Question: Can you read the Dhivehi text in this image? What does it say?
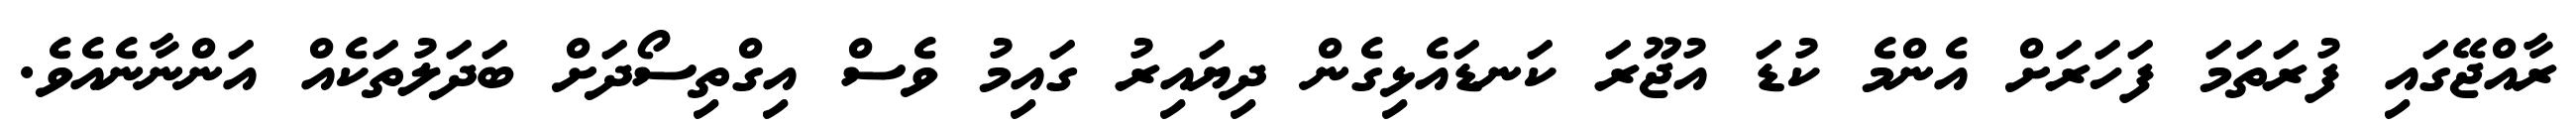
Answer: ރާއްޖޭގައި ފުރަތަމަ ފަހަރަށް އެންމެ ކުޑަ އުޖޫރަ ކަނޑައެޅިގެން ދިޔައިރު ގައިމު ވެސް އިގްތިސޯދަށް ބަދަލުތަކެއް އަންނާނެއެވެ.